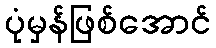
ပုံမှန်ဖြစ်အောင်